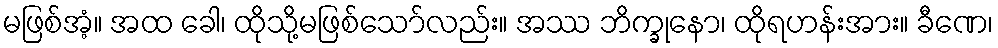
မဖြစ်အံ့။ အထ ခေါ၊ ထိုသို့မဖြစ်သော်လည်း။ အဿ ဘိက္ခုနော၊ ထိုရဟန်းအား။ ခီဏေ၊